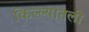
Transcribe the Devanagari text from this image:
किल्ल्यातली